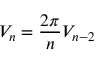
V _ { n } = { \frac { 2 \pi } { n } } V _ { n - 2 }